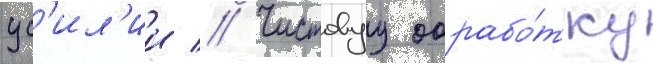
ус'ил'ии // Чистовуу обрабо́тку